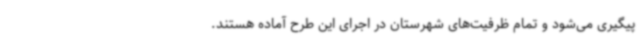
پیگیری می‌شود و تمام ظرفیت‌های شهرستان در اجرای این طرح آماده هستند.